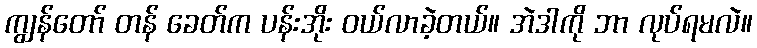
ကျွန်တော် တန် ခေတ်က ပန်းအိုး ဝယ်လာခဲ့တယ်။ အဲဒါကို ဘာ လုပ်ရမလဲ။